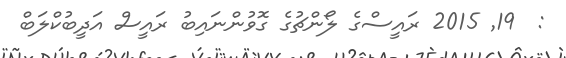
:  19